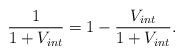
\begin{align*}\frac{1}{1+V_{int}}=1-\frac{V_{int}}{1+V_{int}}.\end{align*}